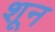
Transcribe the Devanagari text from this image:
शून